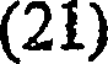
(21)